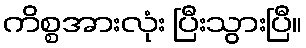
ကိစ္စအားလုံး ပြီးသွားပြီ။